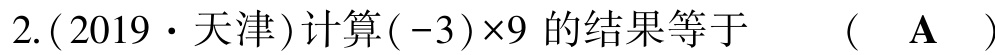
2.(2019·天津)计算$(-3)\times9$的结果等于  (  A  )